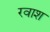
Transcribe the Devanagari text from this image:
रवाश